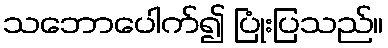
သဘောပေါက်၍ ပြုံးပြသည်။